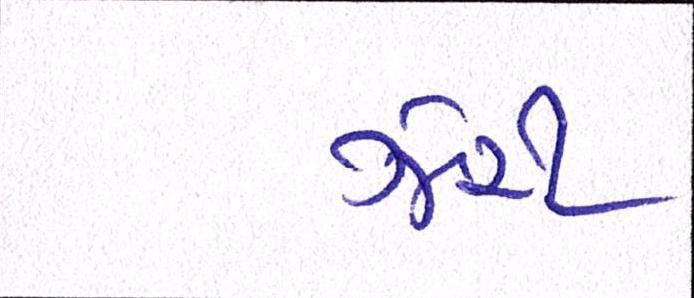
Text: ઝેરી